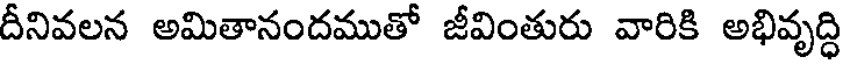
దీనివలన అమితానందముతో జీవింతురు వారికి అభివృద్ధి